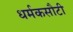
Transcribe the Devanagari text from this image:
धर्मकसौटी